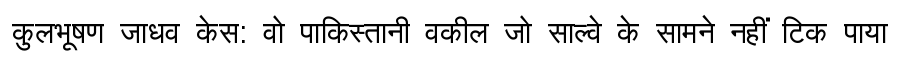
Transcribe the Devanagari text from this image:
कुलभूषण जाधव केस: वो पाकिस्तानी वकील जो साल्वे के सामने नहीं टिक पाया